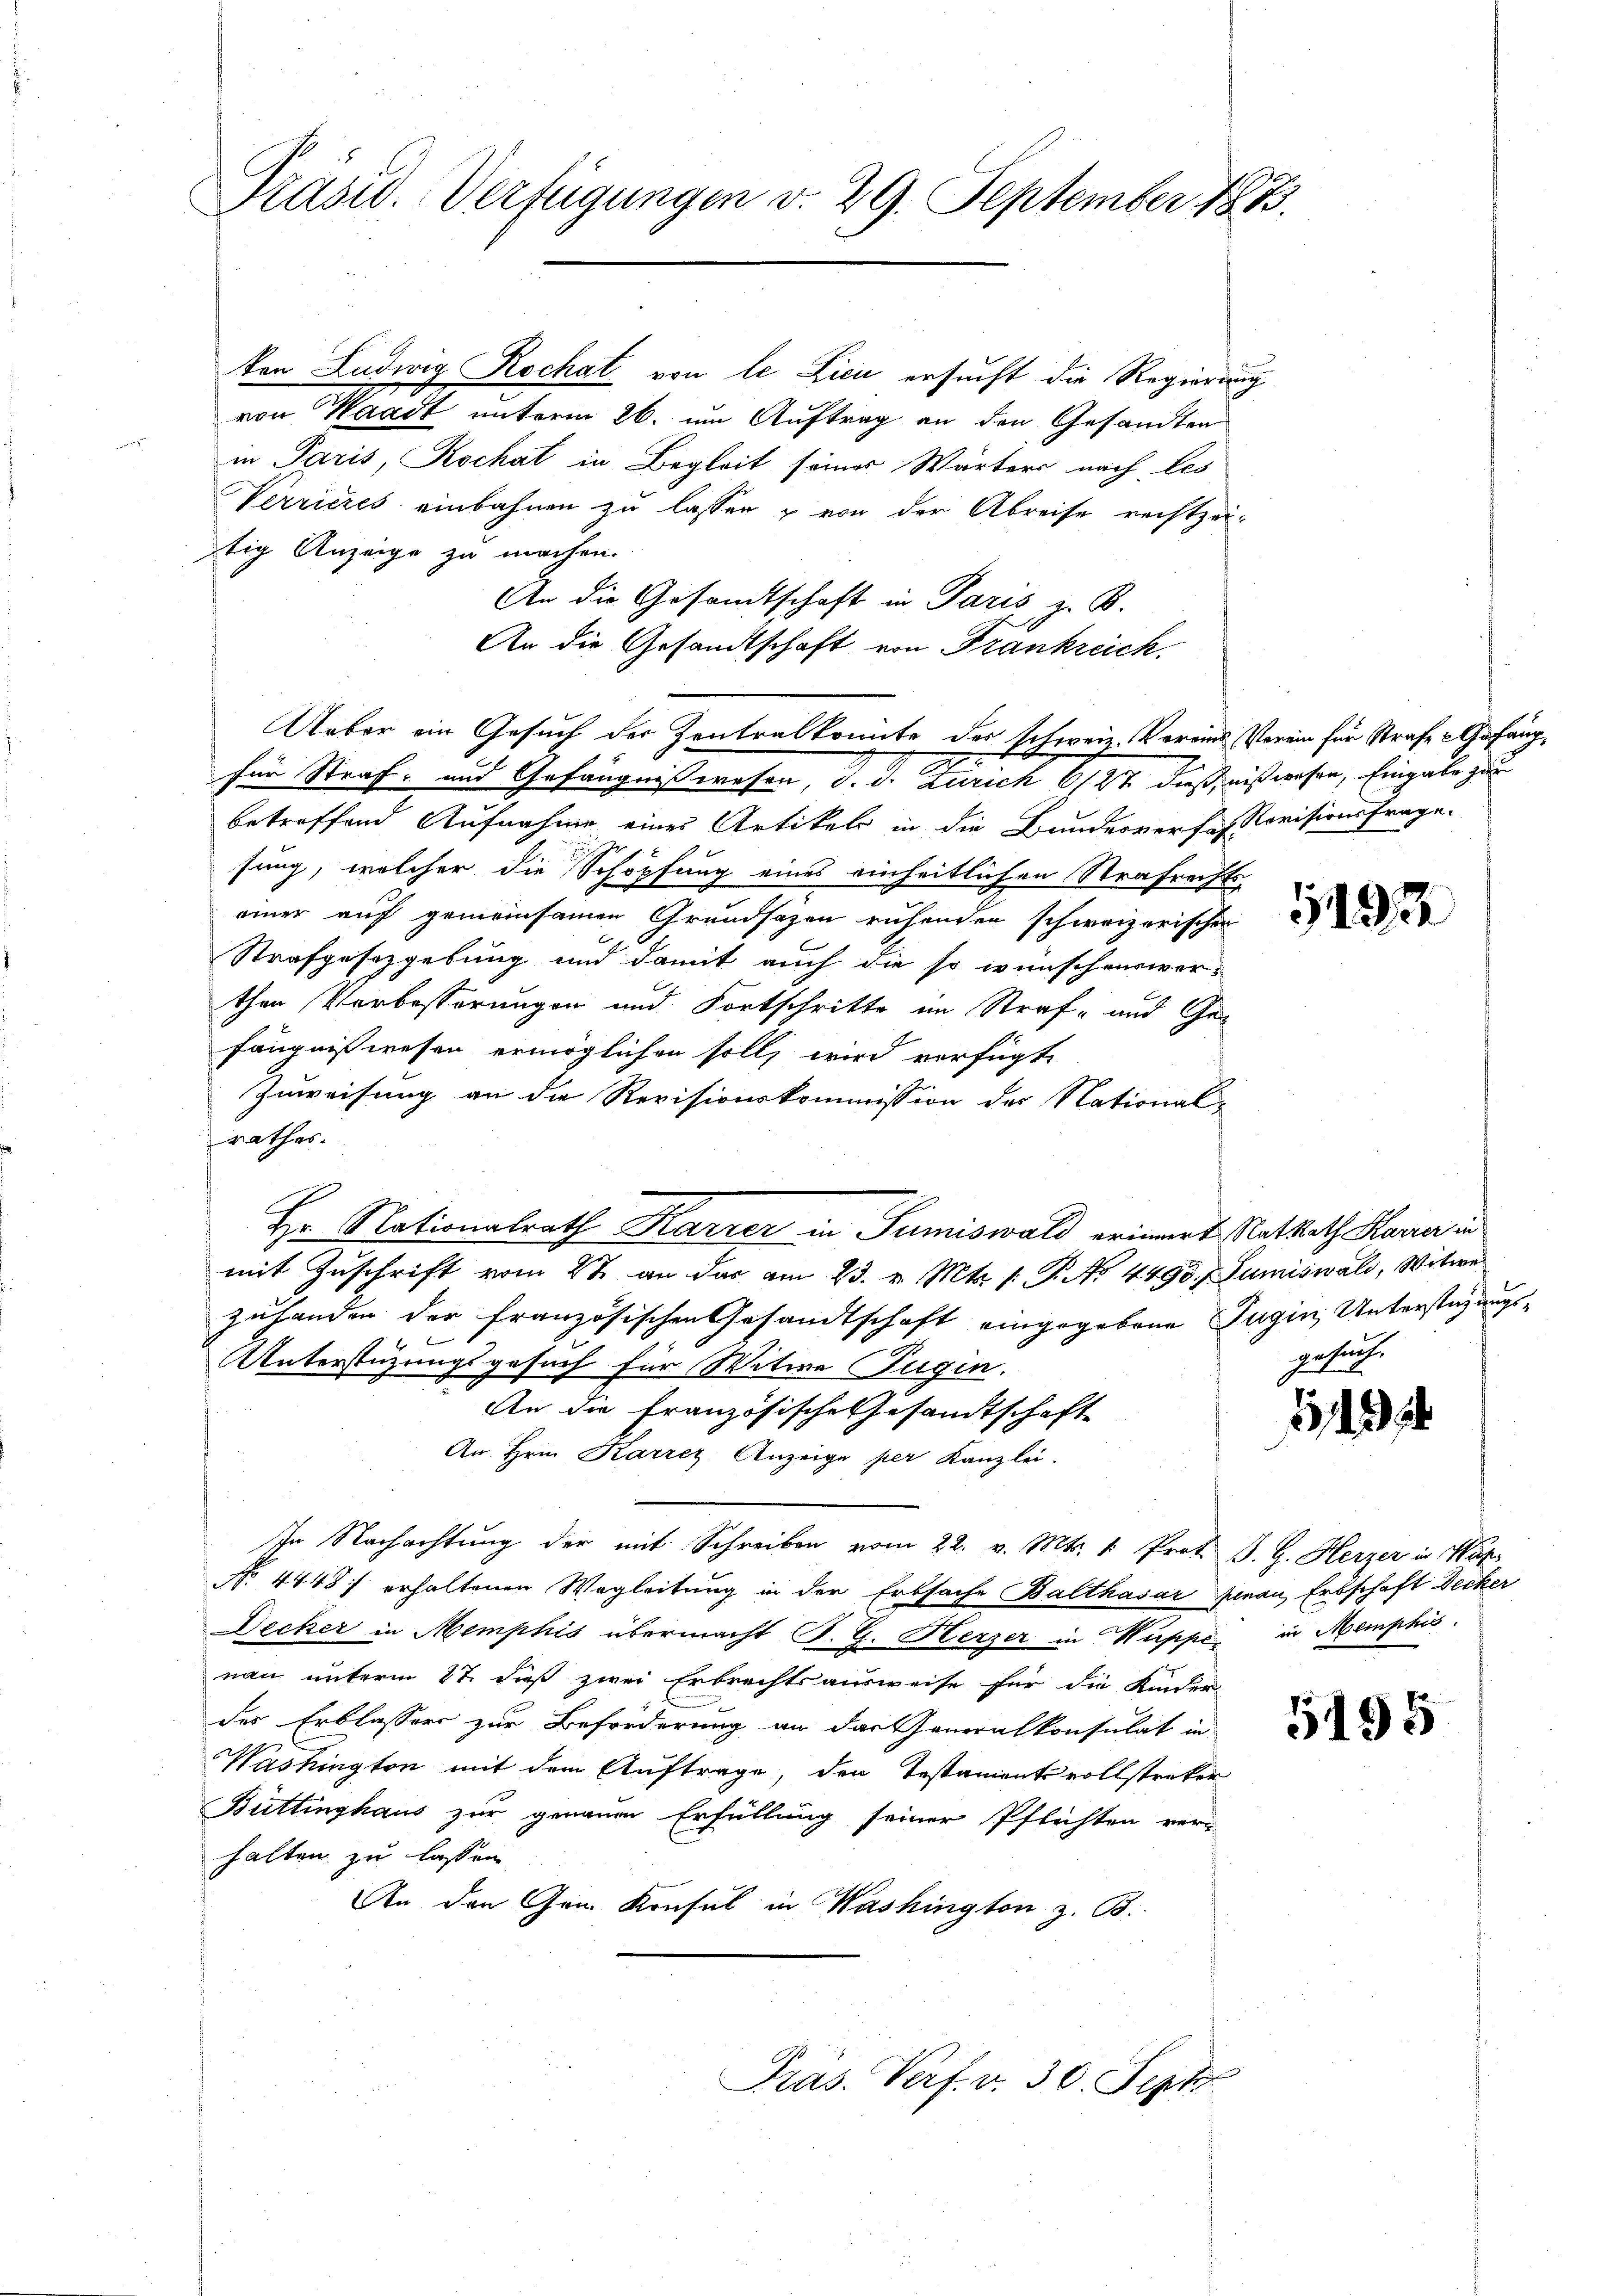
Präsid. Verfügungen v. 29. September 1883.

ten Ludwig Rochat von le Lici ersucht die Regierung
von Waadt unterm 26. um Auftrag an den Gesandten
in Paris, Kochat in Begleit seiner Wärters nach Les
Verrieres einbahnen zu lassen & von der Abreise rechtzei-
tig Anzeige zu machen.
An die Gesandtschaft in Paris z. B.
An die Gesandtschaft von Frankreich.
betreffend Aufnahme eines Artikel in die Bunderverfasserisionsfrage.
sung, welcher die Schöpfung eines einheitlichen Strafrechts-
einer auf gemeinsamen Grundsazen ruhenden schweizerischen
Strafgesetzgebung und damit auch die so wünschenswer-
then Verbesserungen und Fortschritte im Straf- und Gefängnißwesen ermöglichen soll, wird verfügt
Zuweisung an die Revisionskommission der National-
rathes.
Hr. Nationalrath Karrer in Sumiswald erinnert Ratsrath Harrer in
mit Zuschrift vom 2te an das am 23. v. Mts. 1. P. No 4495. f Sumiswald, Witwe
zuhanden der französischen Gesandtschaft eingegebene Jugin Unterstüzungsb keinen
UUnterstüzungsgesuch für Witwe Tugin.
An die französische Gesandtschaft
An Hrn. Karrez Anzeige per Kanzlei.
In Nachachtung der mit Schreiben vom 22. v. Mts. 1. Prot. J. G. Herzer in Was
No 4448 erhaltenen Wegleitung in der Erbsache Balthasar genau, Erbschaft Decker
Decker in Memphis übermacht S. G. Herzer in Wuppe in Memphis
nau unterm 27. dieß zwei Erbrechtsausweise für die Kinder
des Erblassers zur Beförderung an das Generalkonsulat in
Washington mit dem Auftrage, den Testamentsvollstreker
Büttinghaus zur genauen Erfüllung seiner Pflichten ver-
halten zu lassen
An den Gem Konsul in Washington z. B.

Ueber ein Gesuch der Zentralkomite des schweiz. Vereins Vorein für Strafe & Gefängfür Straf- und Gefängnißwesen, d. d. Zürich 6/27. dieß nißwesen, Eingabe zur

Präs. Verf. v. 30. Sept

143

gesuche

342

5195